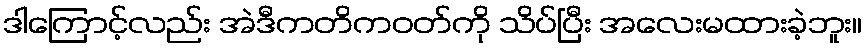
ဒါကြောင့်လည်း အဲဒီကတိကဝတ်ကို သိပ်ပြီး အလေးမထားခဲ့ဘူး။